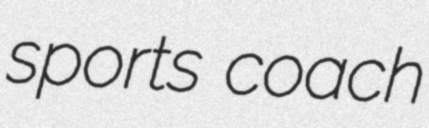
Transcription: sports coach